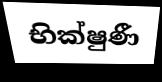
භික්ෂුණී